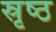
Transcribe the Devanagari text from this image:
स्रृष्ठ